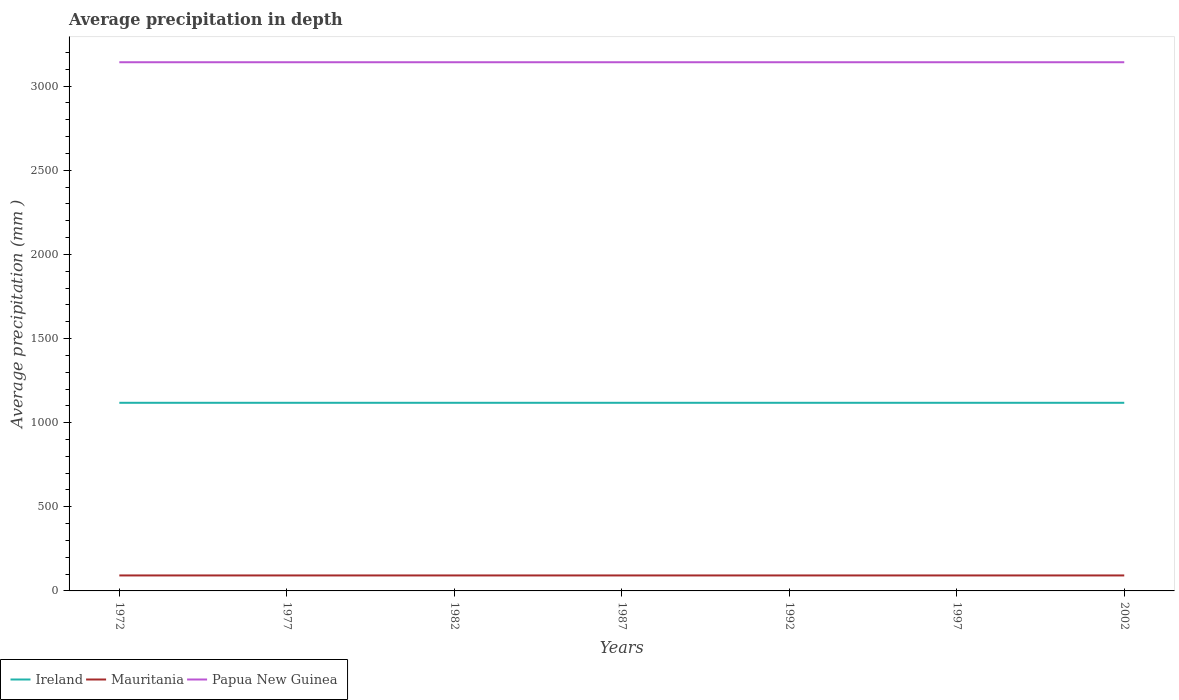
| Years | Ireland | Mauritania | Papua New Guinea |
 | --- | --- | --- | --- |
 | 1972 | 1.12e+03 | 92 | 3.14e+03 |
 | 1977 | 1.12e+03 | 92 | 3.14e+03 |
 | 1982 | 1.12e+03 | 92 | 3.14e+03 |
 | 1987 | 1.12e+03 | 92 | 3.14e+03 |
 | 1992 | 1.12e+03 | 92 | 3.14e+03 |
 | 1997 | 1.12e+03 | 92 | 3.14e+03 |
 | 2002 | 1.12e+03 | 92 | 3.14e+03 |